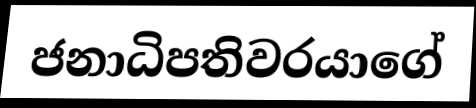
ජනාධිපතිවරයාගේ